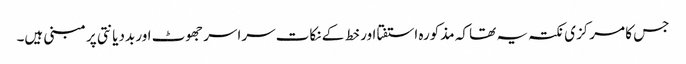
جس کا مرکزی نکتہ یہ تھا کہ مذکورہ استفتا اور خط کے نکات سراسر جھوٹ اور بددیانتی پر مبنی ہیں۔